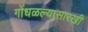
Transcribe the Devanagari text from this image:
गोंधळल्यासारखी